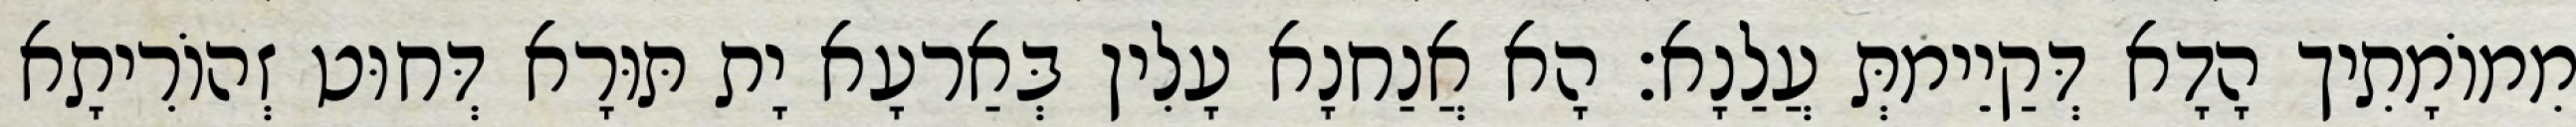
מִמוֹמָתִיך הָדָא דְּקַיֵימתְּ עֲלַנָא׃ הָא אֲנַחנָא עָלִין בְּאַרעָא יָת תּוּרָא דְּחוּט זְהוֹרִיתָא